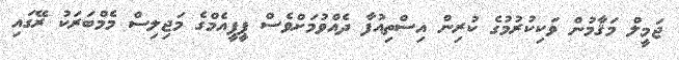
ޖަމީލް މަޤާމުން ވަކިކުރުމުގެ ކުރިން އިސްތިއުފާ ދެއްވުމަށްވެސް ޕީޕީއެމްގެ މަޖިލިސް މެމްބަރަކު ރޭގައި